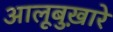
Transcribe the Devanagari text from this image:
आलूबुख़ारे